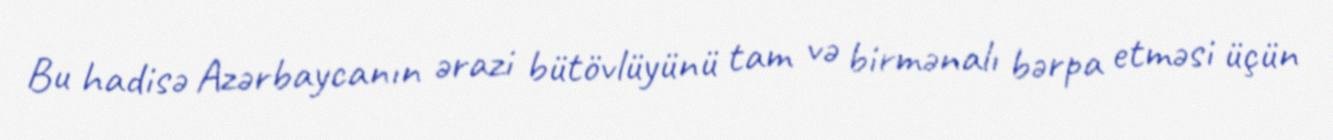
Bu hadisə Azərbaycanın ərazi bütövlüyünü tam və birmənalı bərpa etməsi üçün